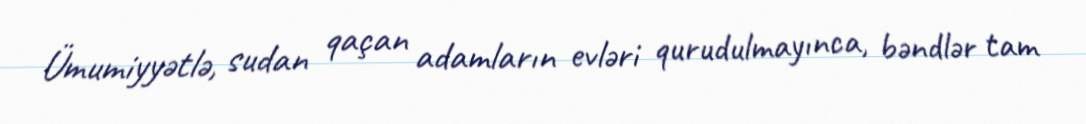
Ümumiyyətlə, sudan qaçan adamların evləri qurudulmayınca, bəndlər tam